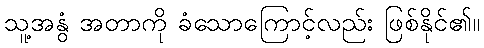
သူ့အနွံ အတာကို ခံသောကြောင့်လည်း ဖြစ်နိုင်၏။